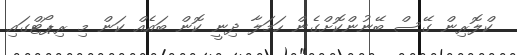
ކްލޮރިން ގޭސް ބޭނުންކޮށްގެން ހަމަލާ ދިނީ ކޮން ބައެއް ކަން މި ރިޕޯޓްގައި